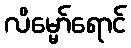
လိမ္မော်ရောင်